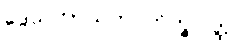
ဒွေသဟာယက ဘိက္ခုဝတ္ထု။